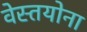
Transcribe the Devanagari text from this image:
वेस्तयोना